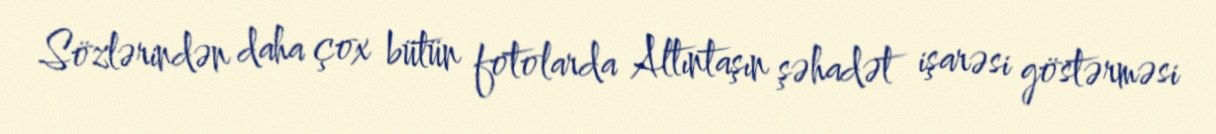
Sözlərindən daha çox bütün fotolarda Altıntaşın şəhadət işarəsi göstərməsi